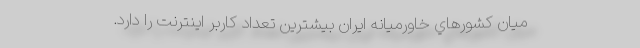
ميان كشورهاي خاورميانه ايران بيشترين تعداد كاربر اينترنت را دارد.